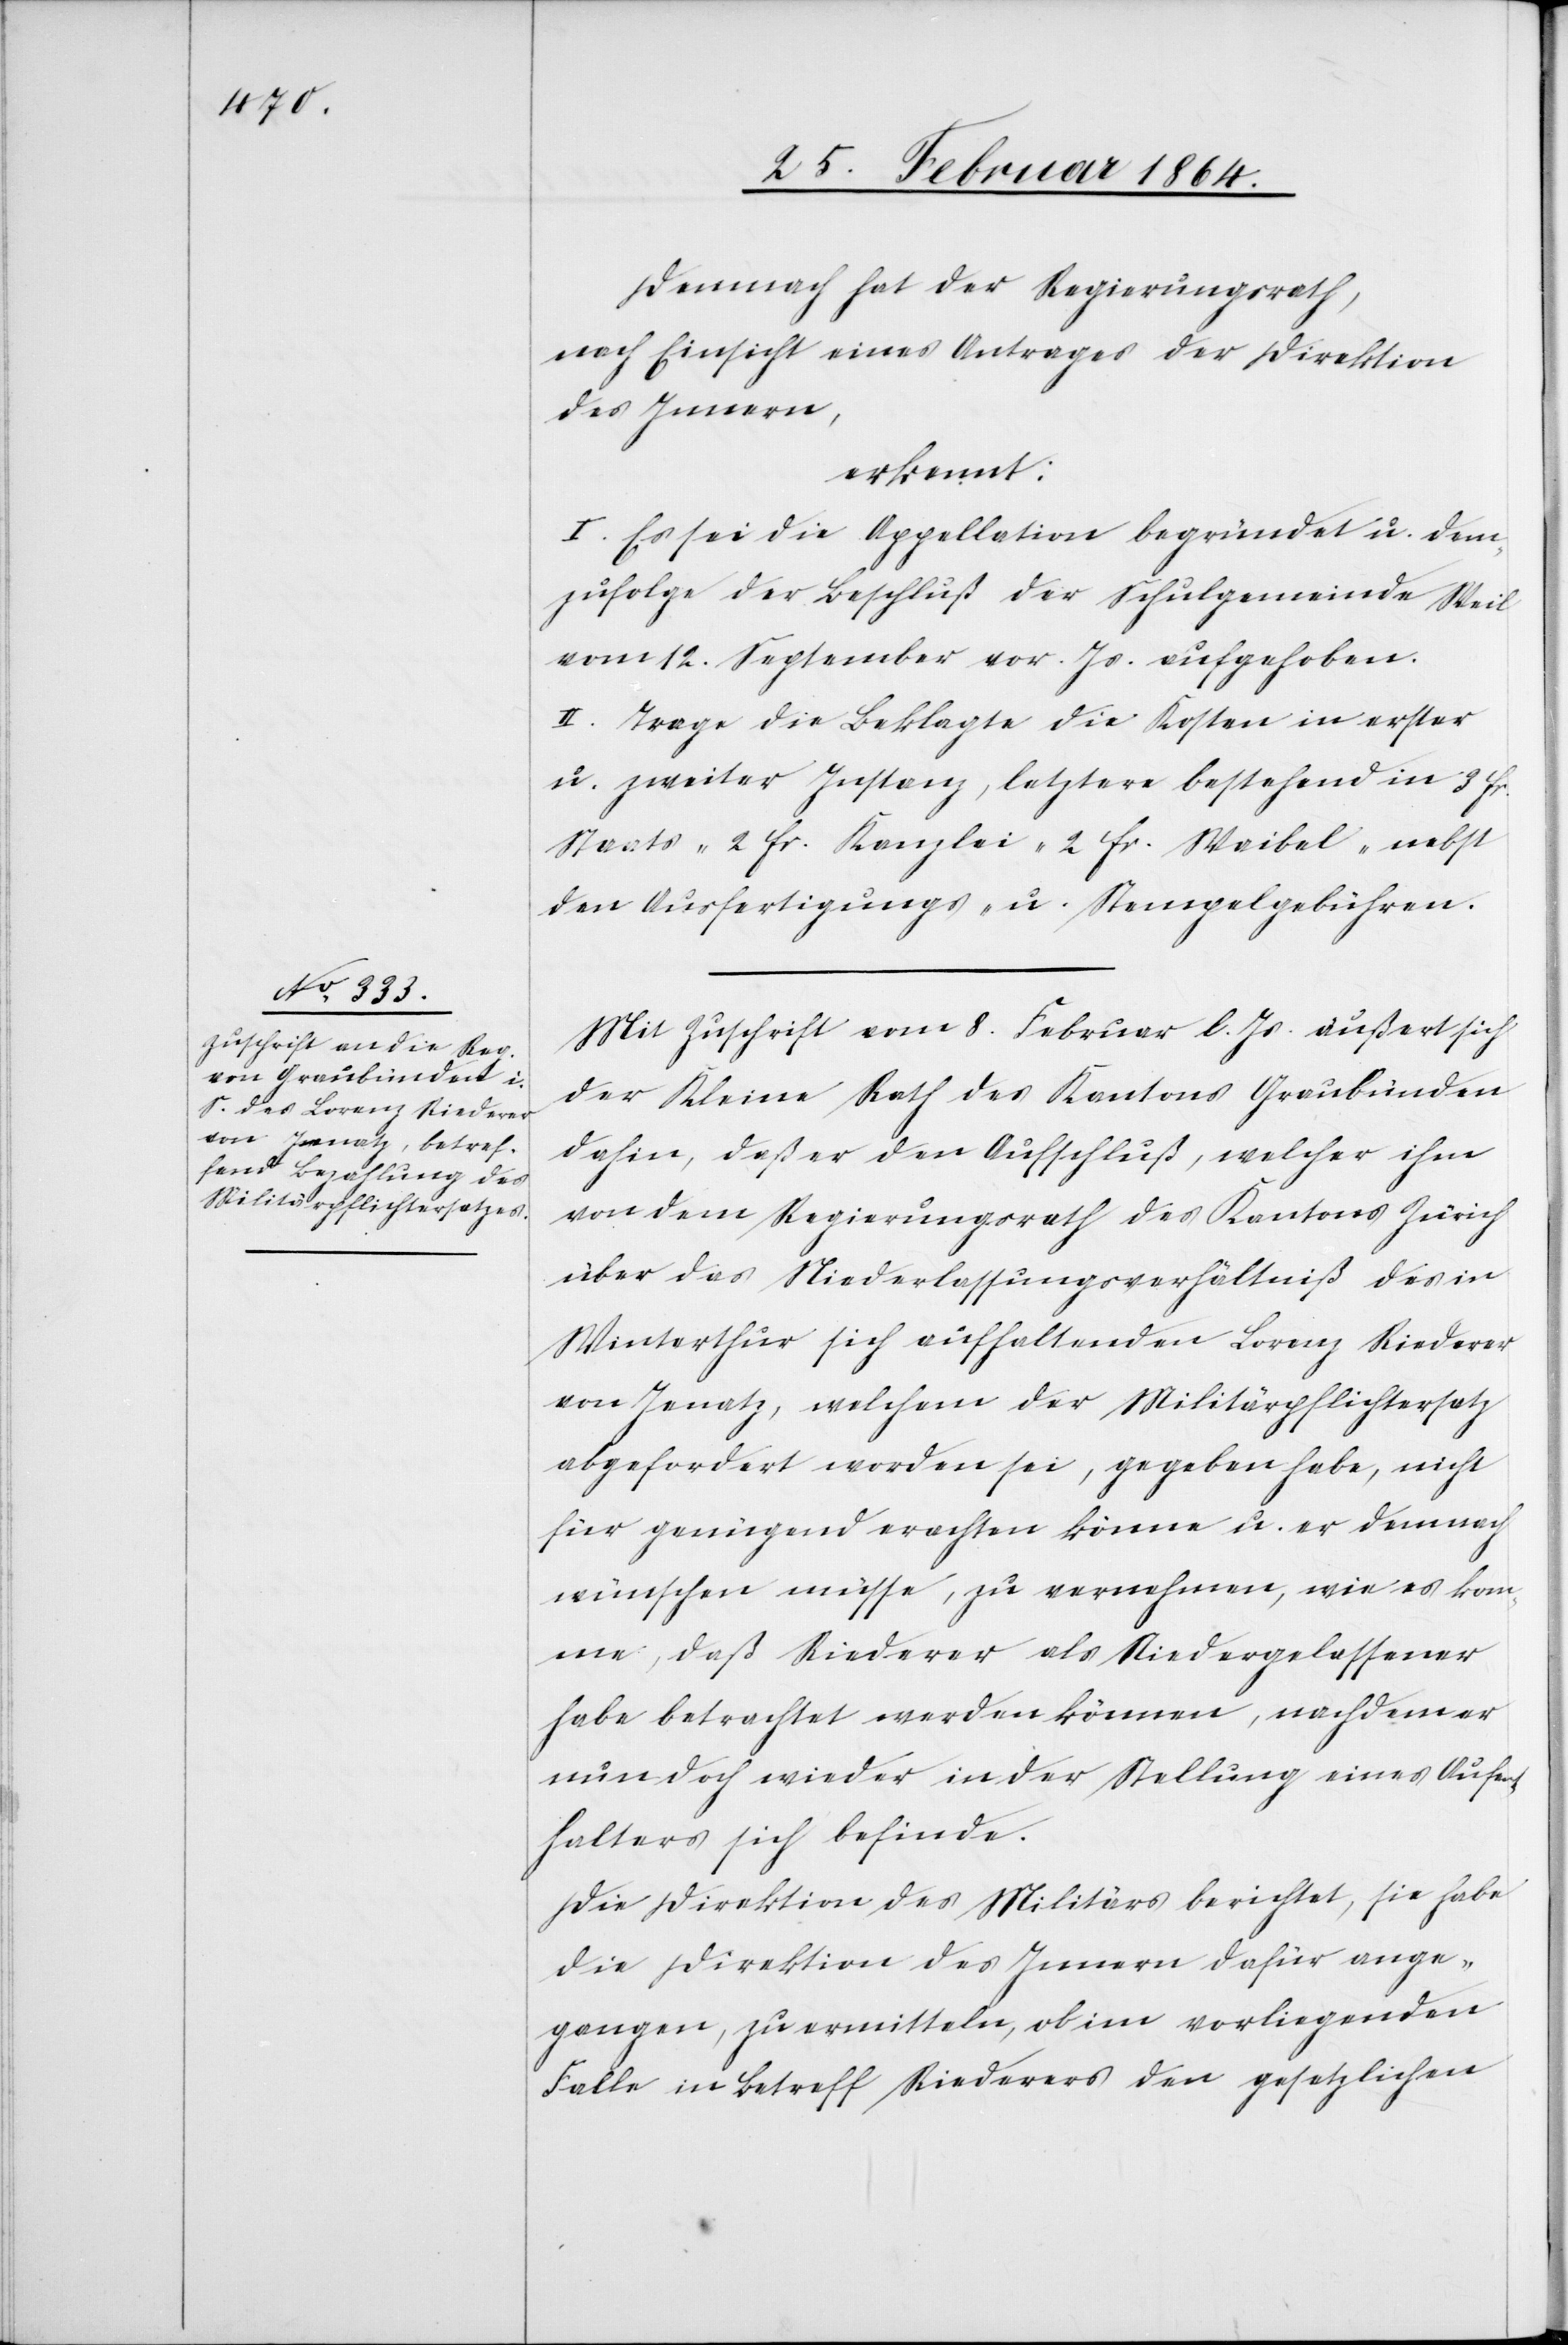
Demnach hat der Regierungsrath,
nach Einsicht eines Antrages der Direktion
des Innern,
erkennt:
I. Es sei die Appellation begründet u. dem¬
zufolge der Beschluß der Schulgemeinde Weil
vom 12. September vor. Js. aufgehoben.
II. Trage die Beklagte die Kosten in erster
u. zweiter Instanz, letztere bestehend in 3 fr.
Staats- 2 fr. Kanzlei 2 fr. Weibel- nebst
den Ausfertigungs- u. Stempelgebühren.
Mit Zuschrift vom 8. Februar l. Js. äußert sich
der Kleine Rath des Kantons Graubünden
dahin, daß er den Aufschluß, welcher ihm
von dem Regierungsrath des Kantons Zürich
über das Niederlassungsverhältniß des in
Winterthur sich aufhaltenden Lorenz Riederer
von Jenatz, welchem der Militärpflichtersatz
abgefordert worden sei, gegeben habe, nicht
für genügend erachten könne u. er demnach
wünschen müsse, zu vernehmen, wie es kom¬
me, daß Riederer als Niedergelassener
habe betrachtet werden können, nachdem er
nun doch wieder in der Stellung eines Aufen¬
thalters sich befinde.
Die Direktion der Militärs berichtet, sie habe
die Direktion des Innern dafür ange¬
gangen, zu vermitteln, ob im vorliegenden
Falle in Betreff Riederers den gesetzlichen